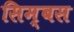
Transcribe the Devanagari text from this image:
सिम्बस